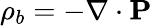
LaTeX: \rho_{b}=-\nabla\cdot\mathbf{P}